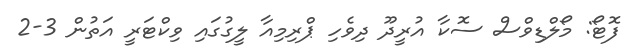
ފޮޓޯ: މޯލްޑިވްސް ސޮކާ އުރީދޫ ދިވެހި ޕްރިމިއާ ލީގުގައި ވިކްޓަރީ އަތުން 3-2